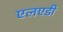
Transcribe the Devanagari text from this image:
एलएडी